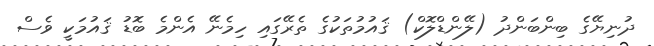
ދުނިޔޭގެ ބިންބަންދު (ލޭންޑްލޮކް) ޤައުމުތަކުގެ ތެރޭގައި ހިމެނޭ އެންމެ ބޮޑު ޤައުމަކީ ވެސް